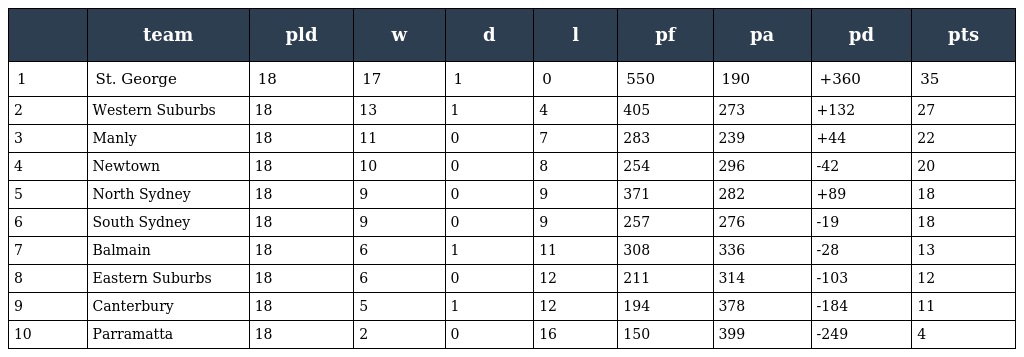
|  | team | pld | w | d | l | pf | pa | pd | pts |
 | --- | --- | --- | --- | --- | --- | --- | --- | --- | --- |
 | 1 | St. George | 18 | 17 | 1 | 0 | 550 | 190 | +360 | 35 |
 | 2 | Western Suburbs | 18 | 13 | 1 | 4 | 405 | 273 | +132 | 27 |
 | 3 | Manly | 18 | 11 | 0 | 7 | 283 | 239 | +44 | 22 |
 | 4 | Newtown | 18 | 10 | 0 | 8 | 254 | 296 | -42 | 20 |
 | 5 | North Sydney | 18 | 9 | 0 | 9 | 371 | 282 | +89 | 18 |
 | 6 | South Sydney | 18 | 9 | 0 | 9 | 257 | 276 | -19 | 18 |
 | 7 | Balmain | 18 | 6 | 1 | 11 | 308 | 336 | -28 | 13 |
 | 8 | Eastern Suburbs | 18 | 6 | 0 | 12 | 211 | 314 | -103 | 12 |
 | 9 | Canterbury | 18 | 5 | 1 | 12 | 194 | 378 | -184 | 11 |
 | 10 | Parramatta | 18 | 2 | 0 | 16 | 150 | 399 | -249 | 4 |